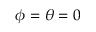
\phi = \theta = 0